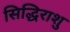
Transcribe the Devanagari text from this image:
सिद्धिराशु